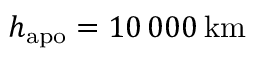
h _ { \mathrm { a p o } } = 1 0 \, 0 0 0 \, \mathrm { k m }